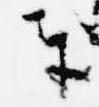
奉